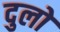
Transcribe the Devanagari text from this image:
दुलो